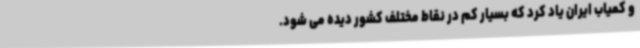
و کمیاب ایران یاد کرد که بسیار کم در نقاط مختلف کشور دیده می شود.